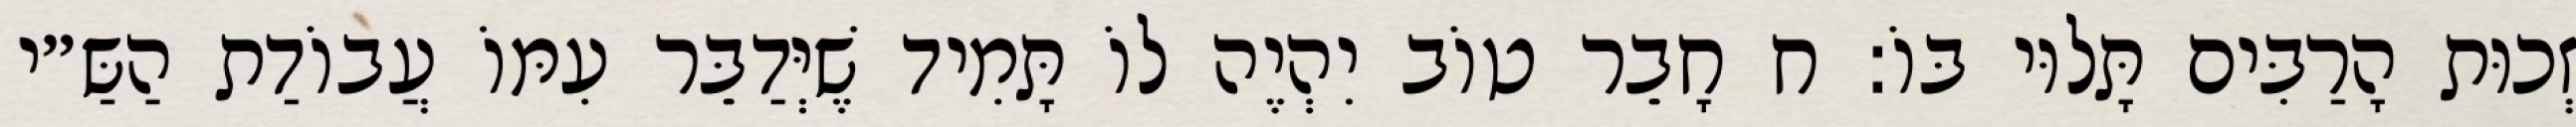
זְכוּת הָרַבִּים תָּלוּי בּוֹ: ח חָבֵר טוֹב יִהְיֶה לוֹ תָּמִיד שֶׁיְּדַבֵּר עִמּוֹ עֲבוֹדַת הַשַּ״י